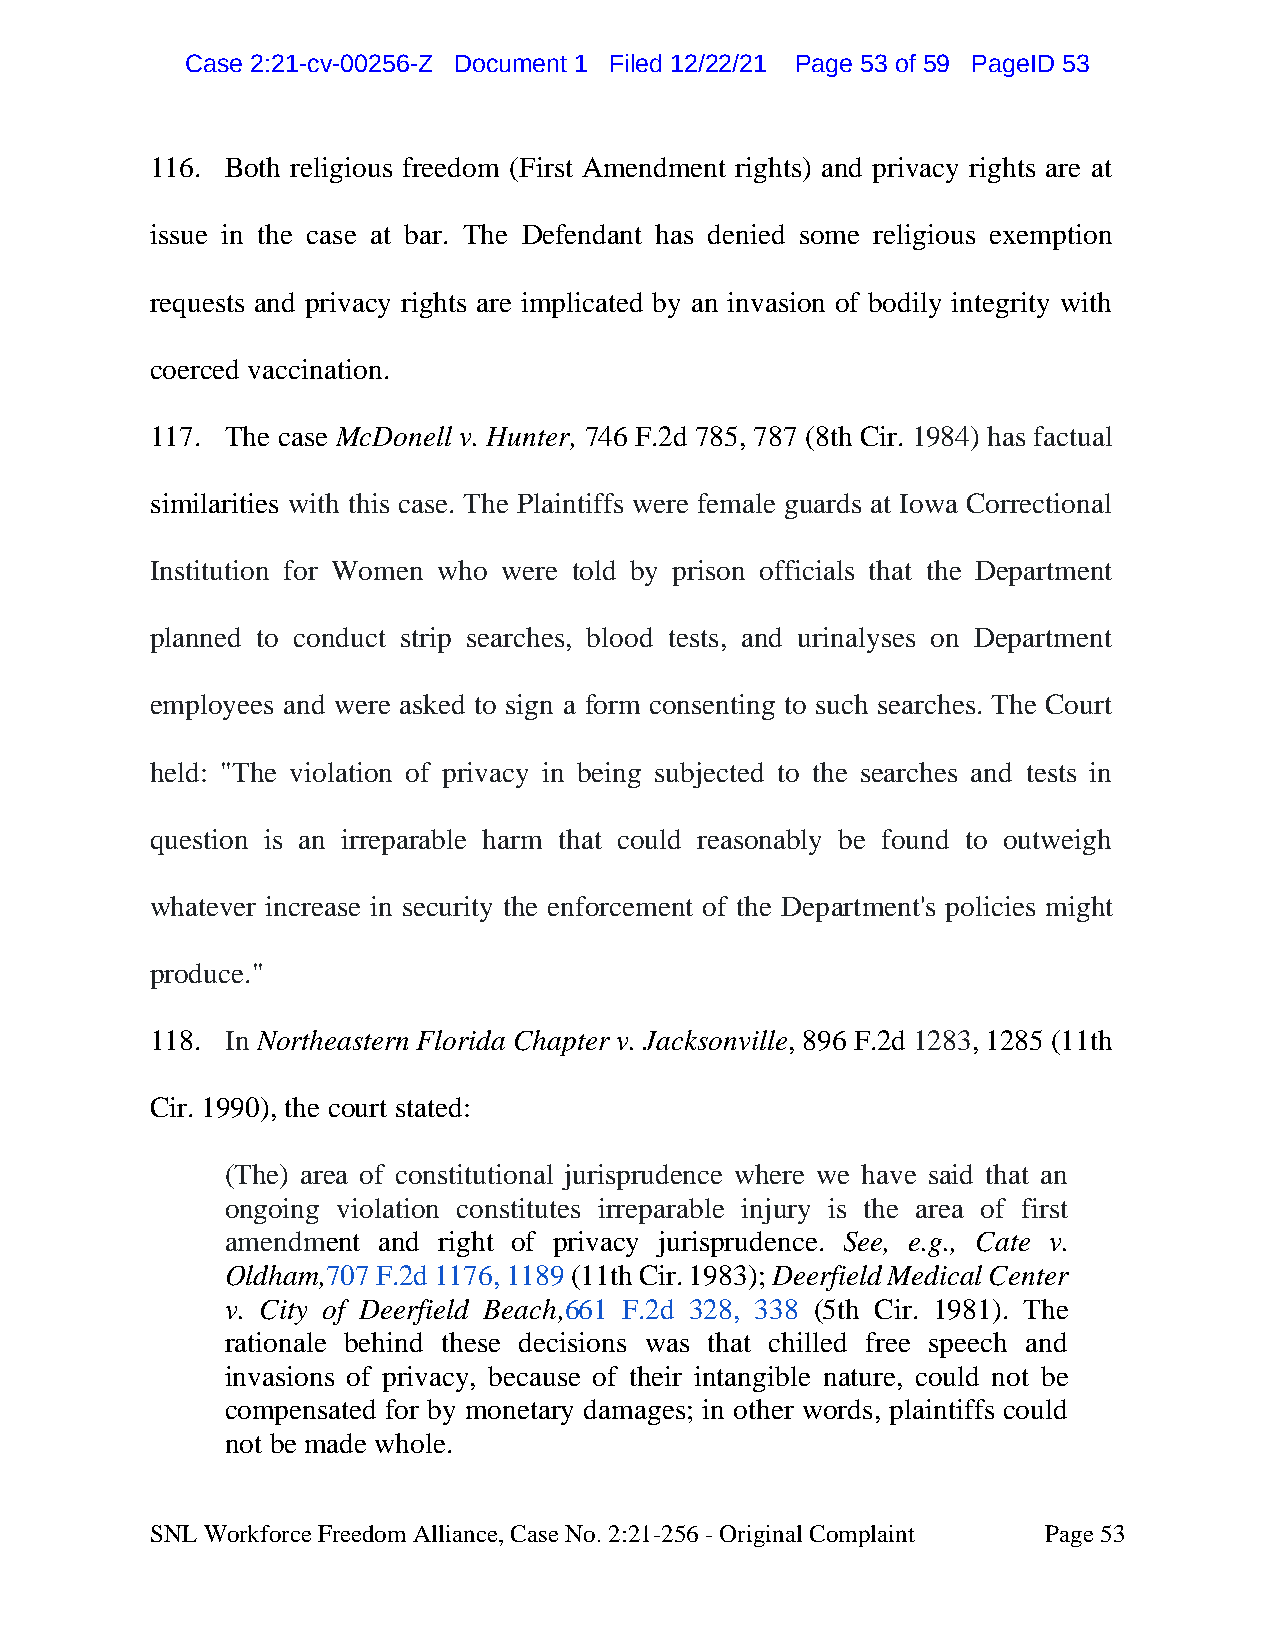
CCaassee 22::2211--ccvv--0000225566--ZZ DDooccuummeenntt 11 FFiilleedd 1122//2222//2211 PPaaggee 5533 ooff 5599 PPaaggeeIIDD 5533
 116. Both religious freedom (First Amendment rights) and privacy rights are at
 issue in the case at bar. The Defendant has denied some religious exemption
 requests and privacy rights are implicated by an invasion of bodily integrity with
 coerced vaccination.
 117. The case McDonell v. Hunter, 746 F.2d 785, 787 (8th Cir. 1984) has factual
 similarities with this case. The Plaintiffs were female guards at Iowa Correctional
 Institution for Women who were told by prison officials that the Department
 planned to conduct strip searches, blood tests, and urinalyses on Department
 employees and were asked to sign a form consenting to such searches. The Court
 held: "The violation of privacy in being subjected to the searches and tests in
 question is an irreparable harm that could reasonably be found to outweigh
 whatever increase in security the enforcement of the Department's policies might
 produce."
 118. In Northeastern Florida Chapter v. Jacksonville, 896 F.2d 1283, 1285 (11th
 Cir. 1990), the court stated:
 (The) area of constitutional jurisprudence where we have said that an
 ongoing violation constitutes irreparable injury is the area of first
 amendment and right of privacy jurisprudence. See, e.g., Cate v.
 Oldham,707 F.2d 1176, 1189 (11th Cir. 1983); Deerfield Medical Center
 v. City of Deerfield Beach,661 F.2d 328, 338 (5th Cir. 1981). The
 rationale behind these decisions was that chilled free speech and
 invasions of privacy, because of their intangible nature, could not be
 compensated for by monetary damages; in other words, plaintiffs could
 not be made whole.
 SNL Workforce Freedom Alliance, Case No. 2:21-256 - Original Complaint Page 53